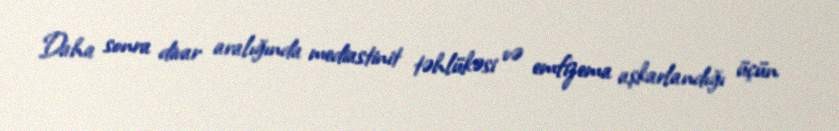
Daha sonra divar aralığında mediastinit təhlükəsi və emfizema aşkarlandığı üçün